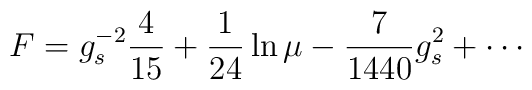
F=g_s^{-2}{4\over15}+{1\over24}\ln\mu-{7\over1440}{g_s^2} +\cdots